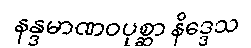
နန္ဒမာဏဝပုစ္ဆာ နိဒ္ဒေသ